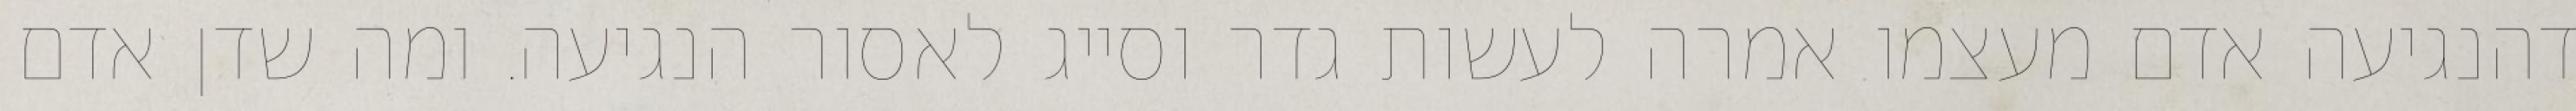
דהנגיעה אדם מעצמו אמרה לעשות גדר וסייג לאסור הנגיעה. ומה שדן אדם